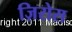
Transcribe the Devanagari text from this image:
ज़िरोस